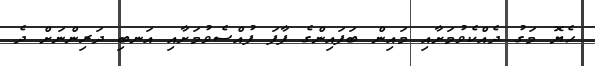
ހެޔޮ މަގު ދެއްކެވުމަށާއި މައިން ބަފައިންގެ ފާފަ ފުއްސެވުމަށާއި އަނބި ދަރިންނަށް ދެ